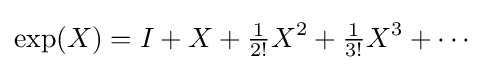
\exp(X)=I+X+{\tfrac {1}{2!}}X^{2}+{\tfrac {1}{3!}}X^{3}+\cdots